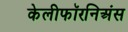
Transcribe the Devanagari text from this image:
केलीफॉरनिअंस